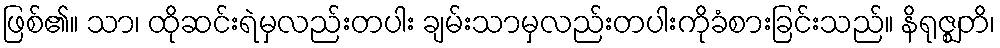
ဖြစ်၏။ သာ၊ ထိုဆင်းရဲမှလည်းတပါး ချမ်းသာမှလည်းတပါးကိုခံစားခြင်းသည်။ နိရုဇ္ဈတိ၊